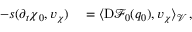
\begin{array} { r l } { - s ( \partial _ { t } \boldsymbol { \chi } _ { 0 } , \boldsymbol { v } _ { \boldsymbol { \chi } } ) } & { { } = \langle \mathrm { D } \mathscr { F } _ { 0 } ( q _ { 0 } ) , \boldsymbol { v } _ { \boldsymbol { \chi } } \rangle _ { \mathcal { V } } \, , } \end{array}